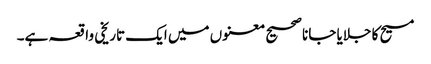
مسیح کا جلایا جانا صحیح معنوں میں ایک تاریخی واقعہ ہے۔